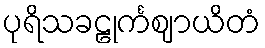
ပုရိသခဠုင်္ကဈာယိတံ